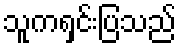
သူကရှင်းပြသည်